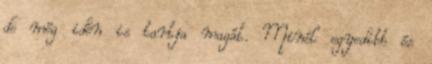
de még idén is tartja magát. Minél egyedibb és